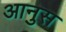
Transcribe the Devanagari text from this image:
आनुस